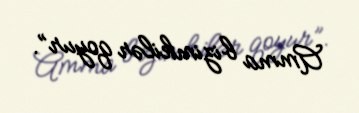
Amma bizimkilər qoyur”.